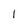
Character: 1